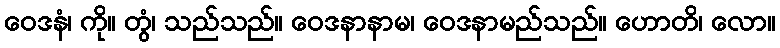
ဝေဒနံ၊ ကို။ တွံ၊ သည်သည်။ ဝေဒနာနာမ၊ ဝေဒနာမည်သည်။ ဟောတိ၊ လော။